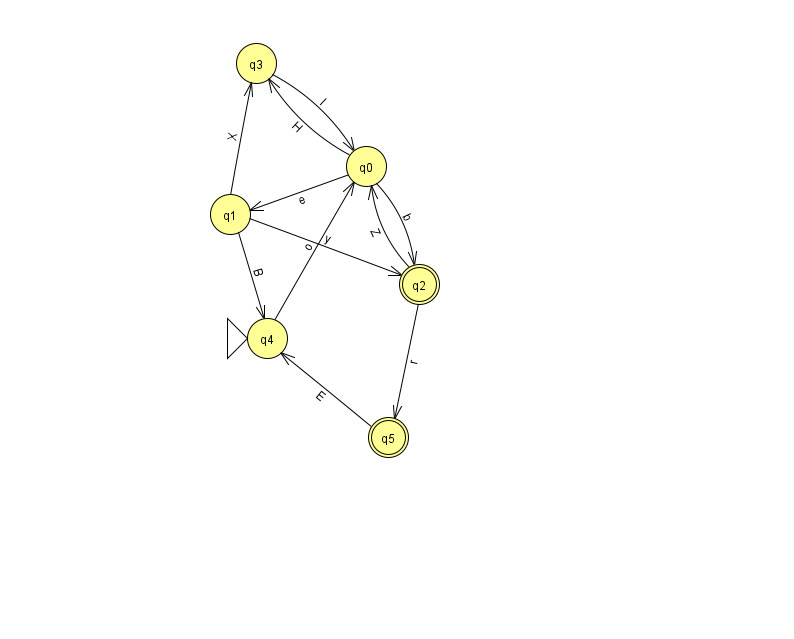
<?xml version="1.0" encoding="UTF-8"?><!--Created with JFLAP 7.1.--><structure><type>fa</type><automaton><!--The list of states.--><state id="0" name="q0"><x>366.0</x><y>153.0</y></state><state id="1" name="q1"><x>230.0</x><y>201.0</y></state><state id="2" name="q2"><x>419.0</x><y>271.0</y><final/></state><state id="3" name="q3"><x>256.0</x><y>50.0</y></state><state id="4" name="q4"><x>267.0</x><y>325.0</y><initial/></state><state id="5" name="q5"><x>388.0</x><y>424.0</y><final/></state><!--The list of transitions.--><transition><from>0</from><to>3</to><read>H</read></transition><transition><from>2</from><to>0</to><read>Z</read></transition><transition><from>3</from><to>0</to><read>l</read></transition><transition><from>5</from><to>4</to><read>E</read></transition><transition><from>1</from><to>2</to><read>y</read></transition><transition><from>1</from><to>3</to><read>X</read></transition><transition><from>4</from><to>0</to><read>o</read></transition><transition><from>0</from><to>2</to><read>b</read></transition><transition><from>0</from><to>1</to><read>e</read></transition><transition><from>2</from><to>5</to><read>r</read></transition><transition><from>1</from><to>4</to><read>B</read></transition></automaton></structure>